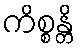
ကိစ္စန္တိ